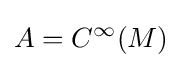
A=C^{\infty }(M)